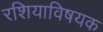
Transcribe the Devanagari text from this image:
रशियाविषयक